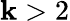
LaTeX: \mathbf{k}>2